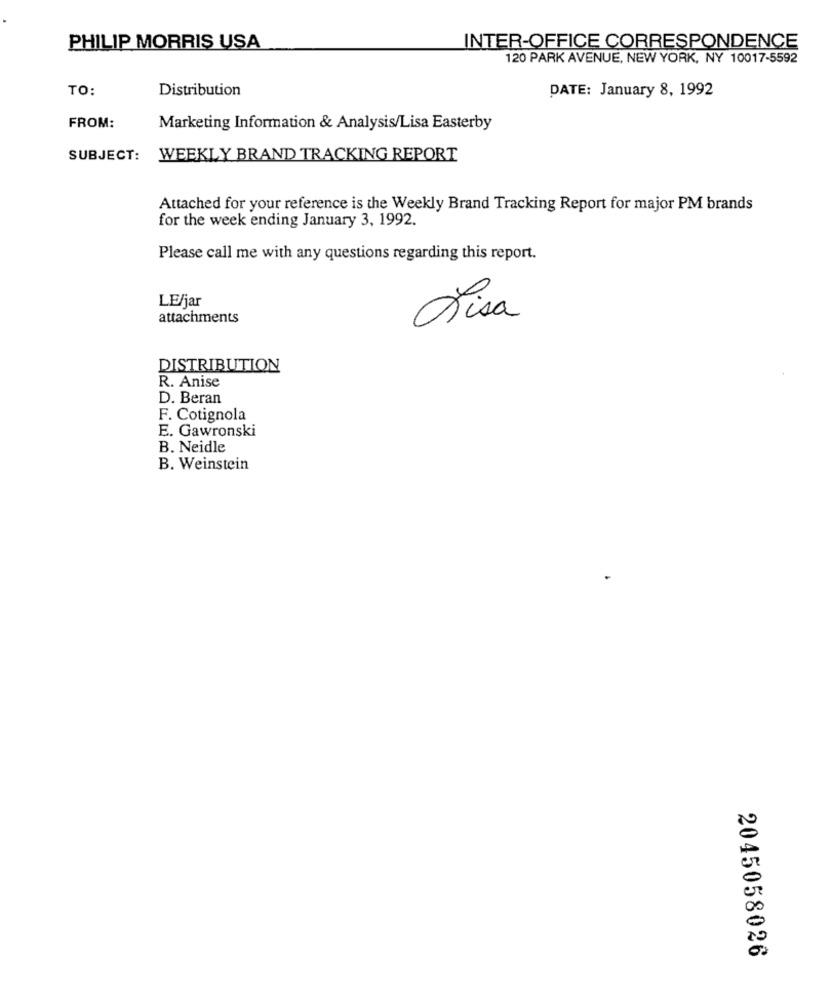
PHILIP MORRIS USA
INTER-OFFICE CORRESPONDENCE
120 PARK AVENUE, NEW YORK, NY 10017-5592
TO
Distribution
DATE: January 8, 1992
FROM:
Marketing Information & Analysis/Lisa Easterby
SUBJECT:
WEEKLY BRAND TRACKING REPORT
Attached for your reference is the Weekly Brand Tracking Report for major PM brands
for the week ending January 3, 1992.
Please call me with any questions regarding this report.
LE/jar
attachments
Lisa
DISTRIBUTION
R. Anise
D. Beran
F. Cotignola
E. Gawronski
B. Neidle
B. Weinstein
2045058026